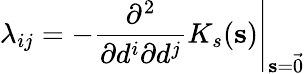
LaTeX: \lambda_{ij}=-\left.\frac{\partial^{2}}{\partial d^{i}\partial d^{j}}K_{s}(\mathbf{s})\right|_{\mathbf{s}=\vec{0}}